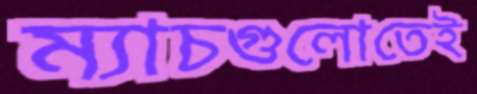
ম্যাচগুলোতেই